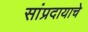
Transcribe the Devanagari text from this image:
सांप्रदायाचे